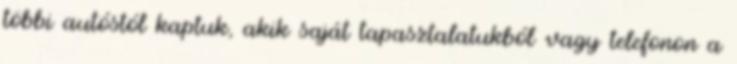
többi autóstól kaptuk, akik saját tapasztalatukból vagy telefonon a